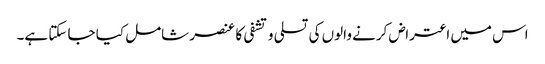
اس میں اعتراض کرنے والوں کی تسلی و تشفی کا عنصر شامل کیا جا سکتا ہے۔